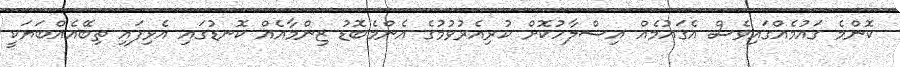
ކޮންމެ ގައުމެއްގައިވެސް އެގައުމެއް އިސްލާހުކޮށް ކުރިއެރުވުމުގެ އެންމެބޮޑު ޒިންމާއެއް ކޮނޑުގައި އެޅިފައި ތިބޭއެއްބަޔަކީ